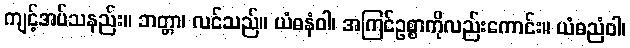
ကျင့်အပ်သနည်း။ ဘတ္တာ၊ လင်သည်။ ယံဓနံဝါ၊ အကြင်ဥစ္စာကိုလည်းကောင်း။ ယံဓညံဝါ၊